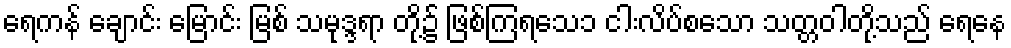
ရေကန် ချောင်း မြောင်း မြစ် သမုဒ္ဒရာ တို့၌ ဖြစ်ကြရသေ၁ ငါးလိပ်စသော သတ္တဝါတို့သည် ရေနေ